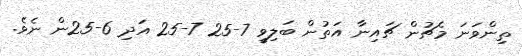
ތިންވަނަ މެޗުން ޗައިނާ އަތުން ބަލިވީ 7-25 7-25 އަދި 6-25ން ނެވެ.